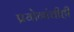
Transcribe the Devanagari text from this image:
प्रयोगांचीही